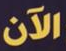
الآن